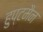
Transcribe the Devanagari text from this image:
हुप्टमैन